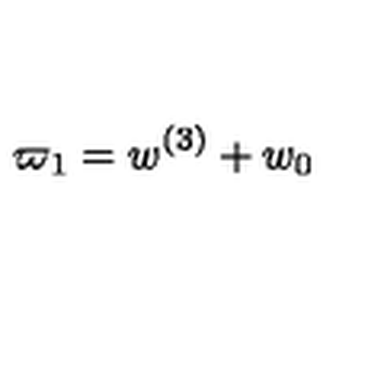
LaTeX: \varpi _ { 1 } = w ^ { ( 3 ) } + w _ { 0 }